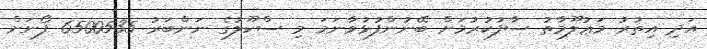
އަދި އިތުރު މަޢުލޫމާތު ސާފުކުރުމަށް ބޭނުންފުޅުވާނަމަ މި ސްކޫލުގެ ނަންބަރު 6500535 ފޯނަށް